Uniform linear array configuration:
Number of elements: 24
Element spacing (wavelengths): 0.25
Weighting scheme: hann
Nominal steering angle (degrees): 0
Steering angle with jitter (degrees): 0.8443
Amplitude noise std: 0.05
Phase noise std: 0.05

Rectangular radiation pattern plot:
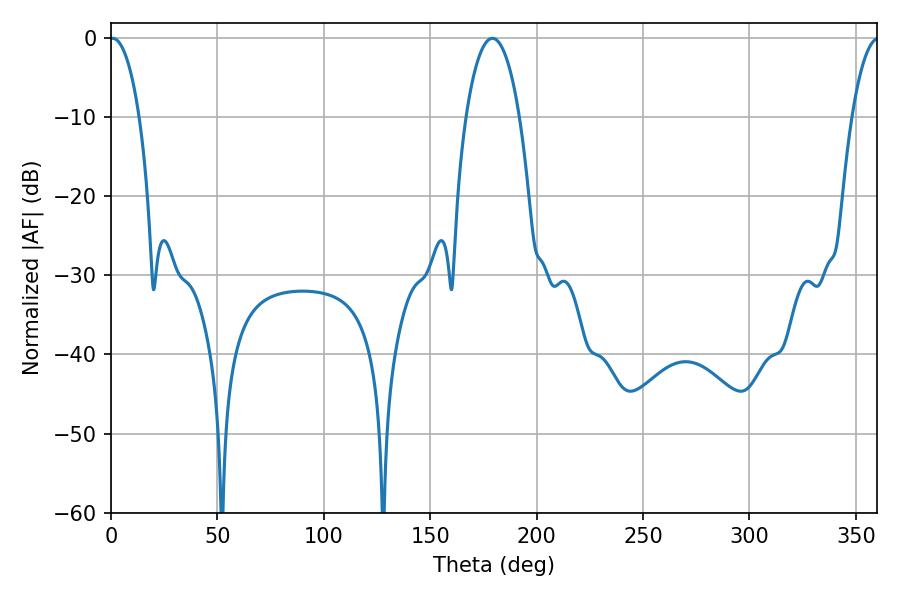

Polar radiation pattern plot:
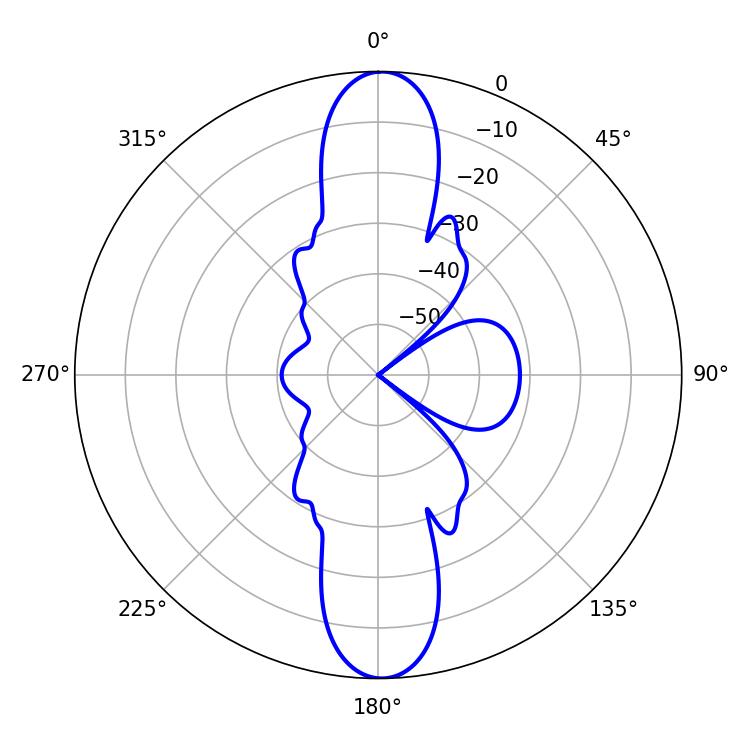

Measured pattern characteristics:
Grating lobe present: FALSE
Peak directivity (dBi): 24.636
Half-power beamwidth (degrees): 7.74
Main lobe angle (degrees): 0.72